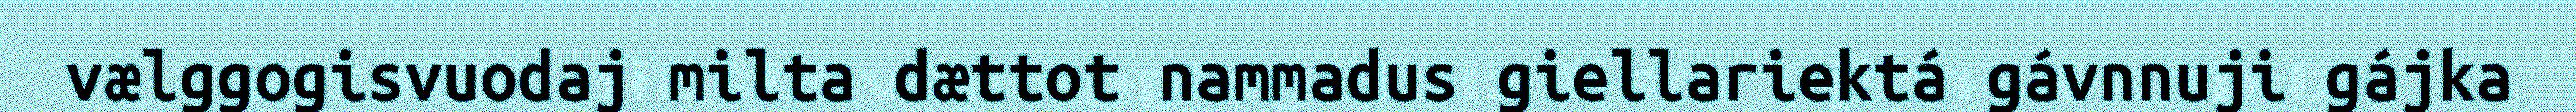
vælggogisvuodaj milta dættot nammadus giellariektá gávnnuji gájka